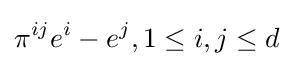
\pi ^{ij}e^{i}-e^{j},1\leq i,j\leq d